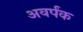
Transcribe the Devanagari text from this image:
अवर्पंक